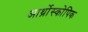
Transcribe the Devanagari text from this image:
आर्थ्रोस्कोपिक